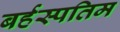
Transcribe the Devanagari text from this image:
बर्हस्पतिम